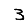
Digit: 3